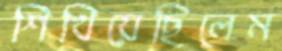
শিখিয়েছিলেম